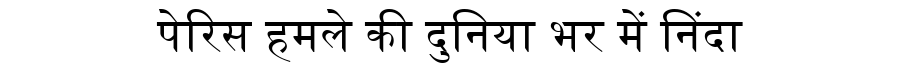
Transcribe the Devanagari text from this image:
पेरिस हमले की दुनिया भर में निंदा